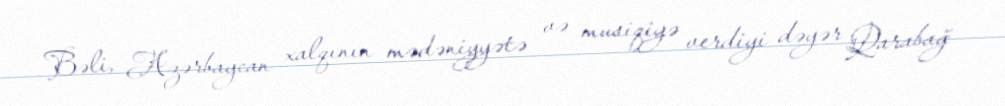
Bəli, Azərbaycan xalqının mədəniyyətə və musiqiyə verdiyi dəyər Qarabağ